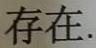
存在.